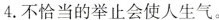
4.不恰当的举止会使人生气。